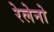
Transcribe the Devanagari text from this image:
रेलेनो